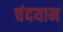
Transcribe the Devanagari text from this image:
चंदयान